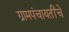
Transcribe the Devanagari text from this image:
ग्रामपंचायतींचे